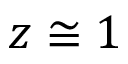
z \cong 1